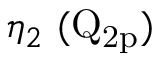
\eta _ { 2 } ~ ( \mathrm { Q _ { 2 p } } )